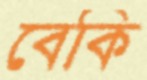
বেকি